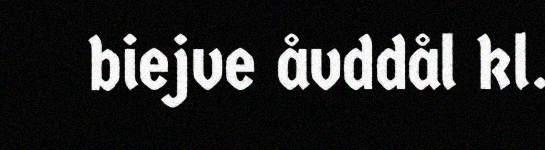
biejve åvddål kl.